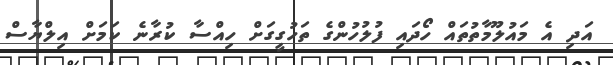
އަދި އެ މައުލޫމާތުތައް ހޯދައި ފުލުހުންގެ ތަހުގީގަށް ހިއްސާ ކުރާނެ ކަމަށް އިލްޔާސް